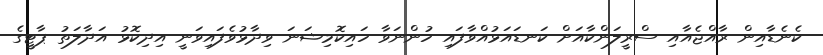
ކެނެޑާއިން ރާއްޖެއާއި ސްރީލަންކާއަށް ކަނޑައަޅުއްވާފައި ހުންނަވާ ހައިކޮމިޝަނަ ވިދާޅުވެފައިވަނީ އިދިިކޮޅު އަދާލަތު ޕާޓީގެ